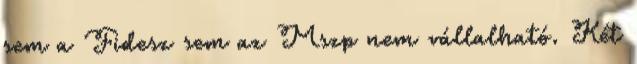
sem a Fidesz sem az Mszp nem vállalható. Két